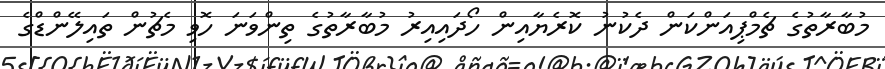
މުބާރާތުގެ ޗެމްޕިއަންކަން ދެކުނު ކޮރެޔާއިން ހޯދައިއިރު މުބާރާތުގެ ތިންވަނަ ހޮވި މެޗުން ތައިލޭންޑްގެ